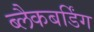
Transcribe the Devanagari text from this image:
ब्लैकबर्डिंग